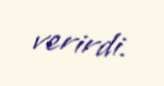
verirdi.